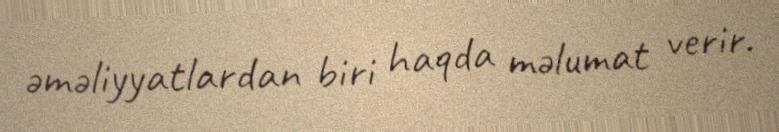
əməliyyatlardan biri haqda məlumat verir.